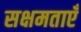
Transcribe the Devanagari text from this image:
सक्षमताएँ